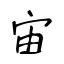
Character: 宙